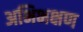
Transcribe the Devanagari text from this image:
अभिभक्षण